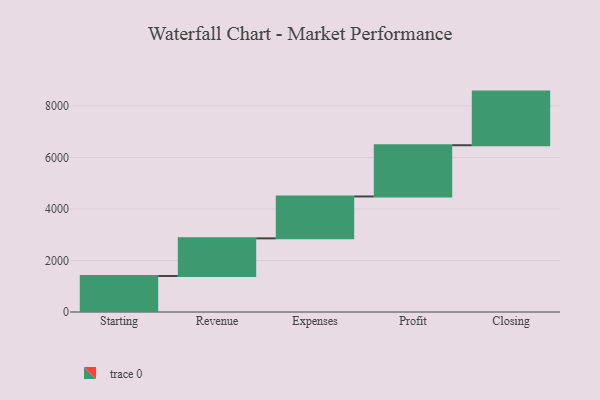
{"axis": {"x": "Step", "y": "Value"}, "legend": [""], "data": [{"x": "Starting", "y": 1399.0, "type": ""}, {"x": "Revenue", "y": 1461.0, "type": ""}, {"x": "Expenses", "y": 1627.0, "type": ""}, {"x": "Profit", "y": 1990.0, "type": ""}, {"x": "Closing", "y": 2083.0, "type": ""}]}